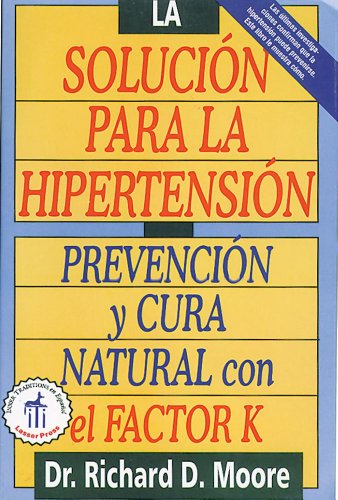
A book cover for La solucion para la hipertension: Prevencion y cura natural con el factor K; Richard D. Moore M.D.  Ph.D.; Health, Fitness & Dieting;